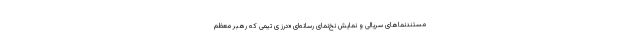
مستندنماهای سریالی و نمایش نخ‌نمای رسانه‌ای «درز ی تیمی که رهبر معظم